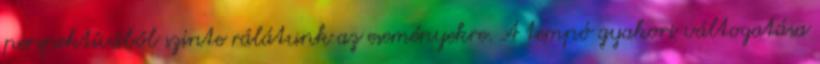
perspektívából szinte rálátunk az eseményekre. A tempó gyakori váltogatása